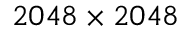
2 0 4 8 \times 2 0 4 8